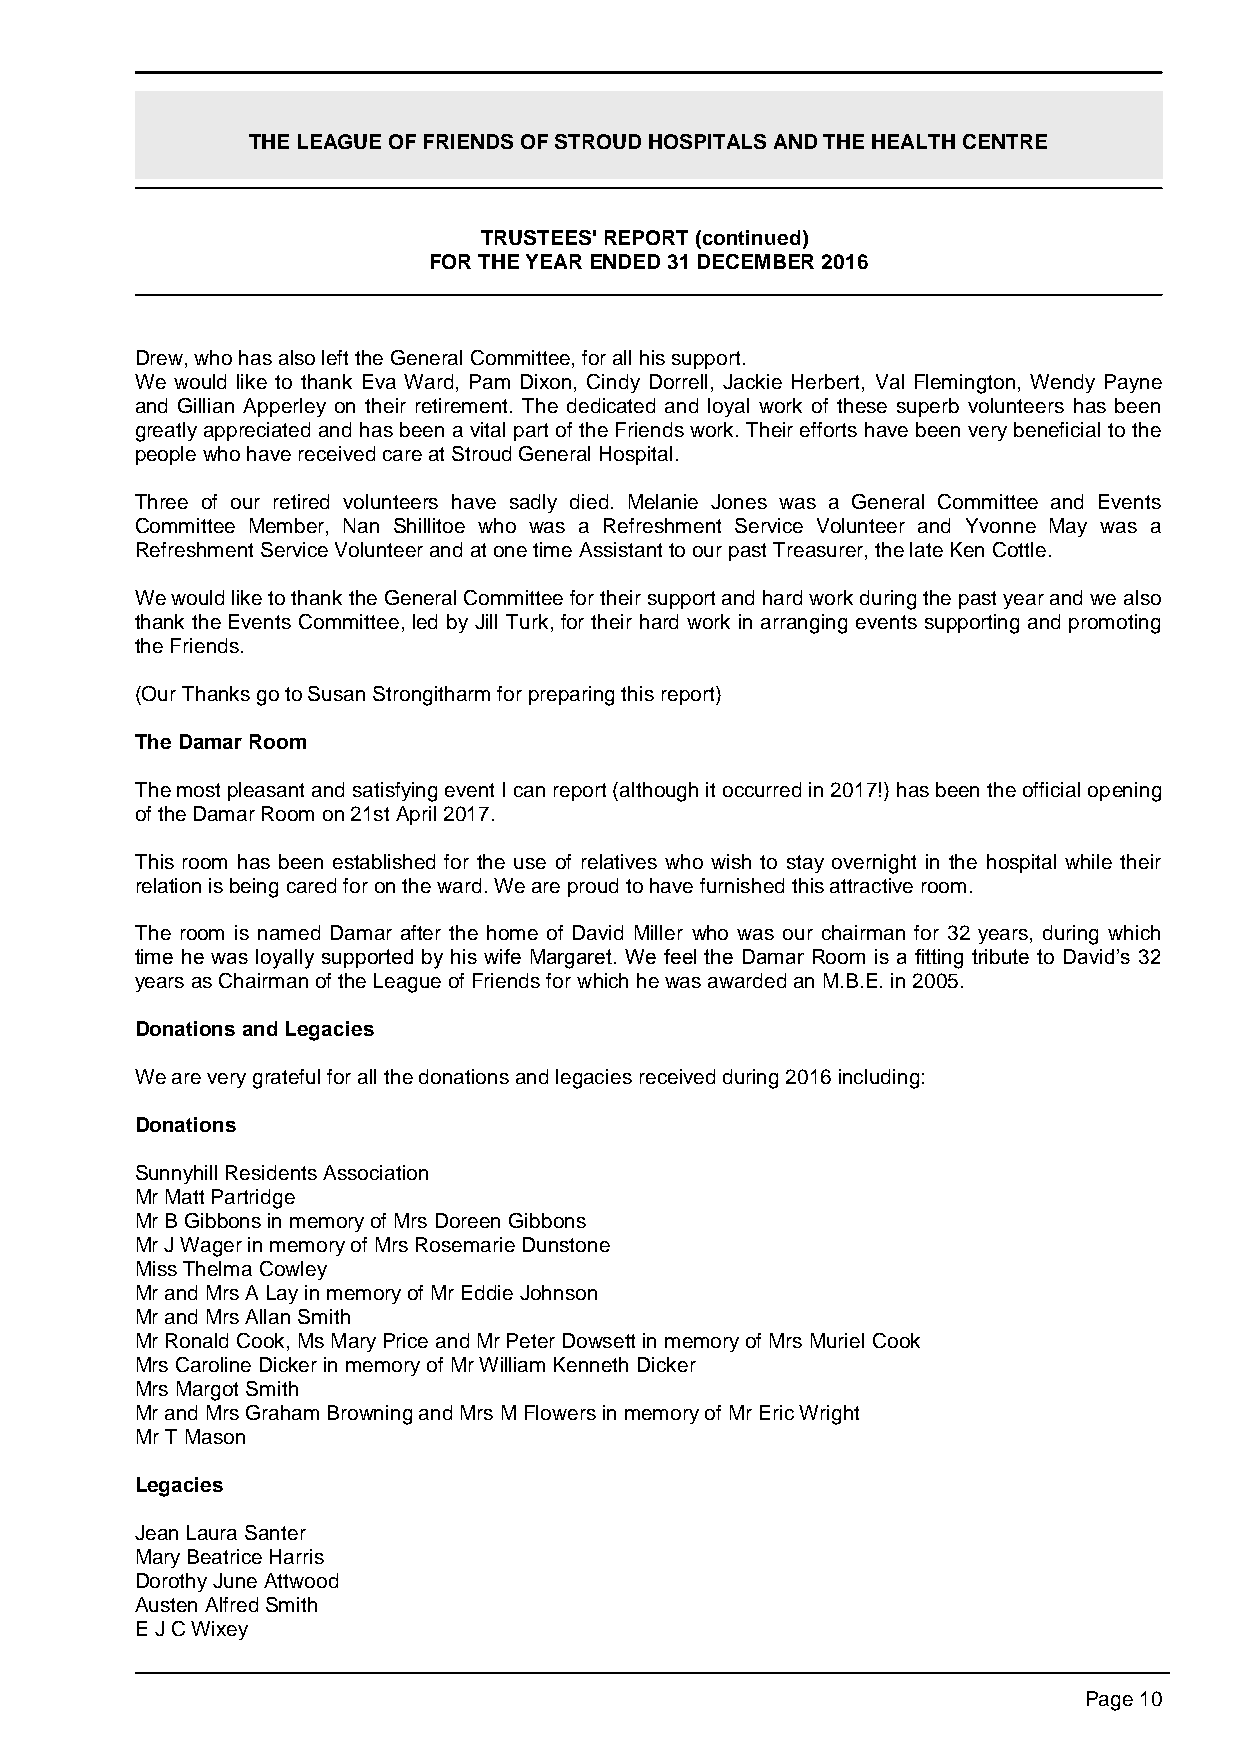
THE LEAGUE OF FRIENDS OF STROUD HOSPITALS AND THE HEALTH CENTRE
 TRUSTEES' REPORT (continued)
 FOR THE YEAR ENDED 31 DECEMBER 2016
 Drew, who has also left the General Committee, for all his support.
 We would like to thank Eva Ward, Pam Dixon, Cindy Dorrell, Jackie Herbert, Val Flemington, Wendy Payne
 and Gillian Apperley on their retirement. The dedicated and loyal work of these superb volunteers has been
 greatly appreciated and has been a vital part of the Friends work. Their efforts have been very beneficial to the
 people who have received care at Stroud General Hospital.
 Three of our retired volunteers have sadly died. Melanie Jones was a General Committee and Events
 Committee Member, Nan Shillitoe who was a Refreshment Service Volunteer and Yvonne May was a
 Refreshment Service Volunteer and at one time Assistant to our past Treasurer, the late Ken Cottle.
 We would like to thank the General Committee for their support and hard work during the past year and we also
 thank the Events Committee, led by Jill Turk, for their hard work in arranging events supporting and promoting
 the Friends.
 (Our Thanks go to Susan Strongitharm for preparing this report)
 The Damar Room
 The most pleasant and satisfying event I can report (although it occurred in 2017!) has been the official opening
 of the Damar Room on 21st April 2017.
 This room has been established for the use of relatives who wish to stay overnight in the hospital while their
 relation is being cared for on the ward. We are proud to have furnished this attractive room.
 The room is named Damar after the home of David Miller who was our chairman for 32 years, during which
 time he was loyally supported by his wife Margaret. We feel the Damar Room is a fitting tribute to David’s 32
 years as Chairman of the League of Friends for which he was awarded an M.B.E. in 2005.
 Donations and Legacies
 We are very grateful for all the donations and legacies received during 2016 including:
 Donations
 Sunnyhill Residents Association
 Mr Matt Partridge
 Mr B Gibbons in memory of Mrs Doreen Gibbons
 Mr J Wager in memory of Mrs Rosemarie Dunstone
 Miss Thelma Cowley
 Mr and Mrs A Lay in memory of Mr Eddie Johnson
 Mr and Mrs Allan Smith
 Mr Ronald Cook, Ms Mary Price and Mr Peter Dowsett in memory of Mrs Muriel Cook
 Mrs Caroline Dicker in memory of Mr William Kenneth Dicker
 Mrs Margot Smith
 Mr and Mrs Graham Browning and Mrs M Flowers in memory of Mr Eric Wright
 Mr T Mason
 Legacies
 Jean Laura Santer
 Mary Beatrice Harris
 Dorothy June Attwood
 Austen Alfred Smith
 E J C Wixey
 Page 10